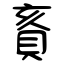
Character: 賌